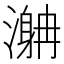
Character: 𣽯